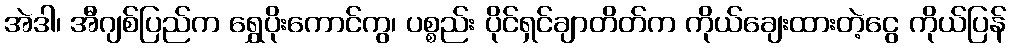
အဲဒါ၊ အီဂျစ်ပြည်က ရွှေပိုးကောင်ကွ၊ ပစ္စည်း ပိုင်ရှင်ချာတိတ်က ကိုယ်ချေးထားတဲ့ငွေ ကိုယ်ပြန်